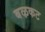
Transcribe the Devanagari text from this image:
बऴकट